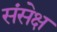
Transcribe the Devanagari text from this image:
संसेक्ष